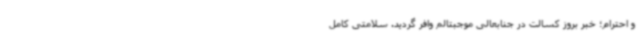
و احترام؛ خبر بروز کسالت در جنابعالی موجبتالم وافر گردید. سلامتی کامل